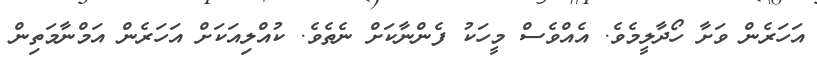
އަހަރެން ވަށާ ހޯދާލީމެވެ. އެއްވެސް މީހަކު ފެންނާކަށް ނެތެވެ. ކުއްލިއަކަށް އަހަރެން އަމްނާމަތިން